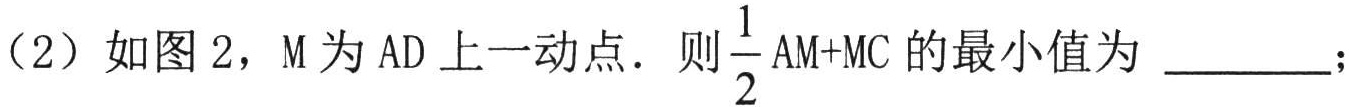
（2）如图 2，M 为 AD 上一动点．则\(\frac{1}{2}\mathrm{AM}+\mathrm{MC}\)的最小值为 _________；